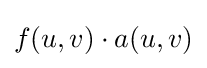
f(u,v)\cdot a(u,v)